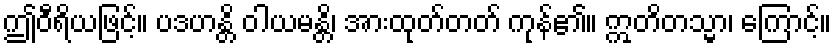
ဤဝီရိယဖြင့်။ ပဒဟန္တိ ဝါယမန္တိ၊ အားထုတ်တတ် ကုန်၏။ ဣတိတသ္မာ၊ ကြောင့်။